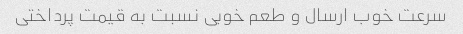
سرعت خوب ارسال و طعم خوبی نسبت به قیمت پرداختی